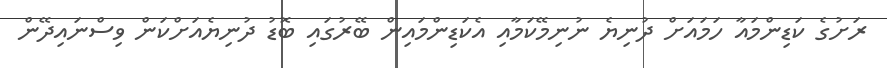
ރަށުގެ ކަޑިންމައާ ހަމައަށް ދުނިޔެ ނުނިމޭކަމާއި އެކަޑިންމައިން ބޭރުގައި ބޮޑު ދުނިޔެއަށްކަން ވިސްނައިދޭން